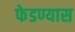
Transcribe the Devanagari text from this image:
फेडण्यास